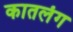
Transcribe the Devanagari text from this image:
कातलंग